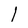
Character: l